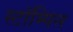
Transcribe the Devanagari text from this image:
स्टॉम्पिन